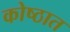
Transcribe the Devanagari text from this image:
कोष्ठात